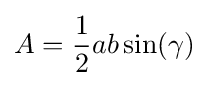
A={\frac {1}{2}}ab\sin(\gamma )\,\!